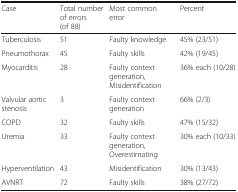
<table><thead><tr><td><b>Case</b></td><td><b>Total number of errors (of 88)</b></td><td><b>Most common error</b></td><td><b>Percent</b></td></tr></thead><tbody><tr><td>Tuberculosis</td><td>51</td><td>Faulty knowledge</td><td>45% (23/51)</td></tr><tr><td>Pneumothorax</td><td>45</td><td>Faulty skills</td><td>42% (19/45)</td></tr><tr><td>Myocarditis</td><td>28</td><td>Faulty context generation, Misidentification</td><td>36% each (10/28)</td></tr><tr><td>Valvular aortic stenosis</td><td>3</td><td>Faulty context generation</td><td>66% (2/3)</td></tr><tr><td>COPD</td><td>32</td><td>Faulty skills</td><td>47% (15/32)</td></tr><tr><td>Uremia</td><td>33</td><td>Faulty context generation, Overestimating</td><td>30% each (10/33)</td></tr><tr><td>Hyperventilation</td><td>43</td><td>Misidentification</td><td>30% (13/43)</td></tr><tr><td>AVNRT</td><td>72</td><td>Faulty skills</td><td>38% (27/72)</td></tr></tbody></table>